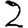
Digit: 2